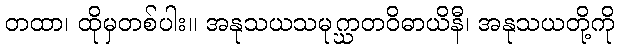
တထာ၊ ထိုမှတစ်ပါး။ အနုသယသမုဂ္ဃာတဝိဓာယိနီ၊ အနုသယတို့ကို